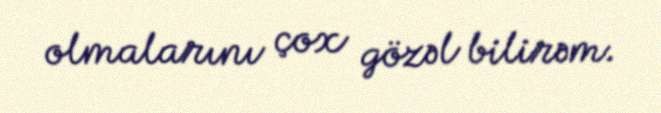
olmalarını çox gözəl bilirəm.